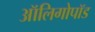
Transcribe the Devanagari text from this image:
ऑलिगोपॉड